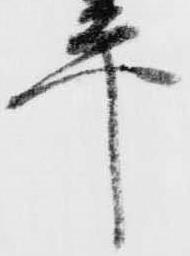
平